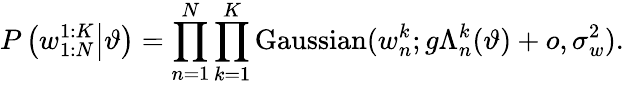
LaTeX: P\left(w_{1:N}^{1:K}\middle|\vartheta\right)=\prod_{n=1}^{N}\prod_{k=1}^{K}\mathrm{Gaussian}(w_{n}^{k};g\Lambda_{n}^{k}(\vartheta)+o,\sigma_{w}^{2}).